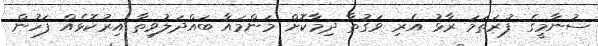
ސުނާމީގެ ފުރަތަމަ ރާޅު އެރި ވަގުތާ ދިމާކޮށް މަންމައާ ބައްދަލުވިތާ އިރުކޮޅެއް ފަހުން